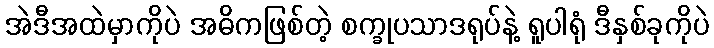
အဲဒီအထဲမှာကိုပဲ အဓိကဖြစ်တဲ့ စက္ခုပသာဒရုပ်နဲ့ ရူပါရုံ ဒီနှစ်ခုကိုပဲ